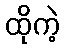
ထိုကဲ့